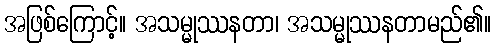
အဖြစ်ကြောင့်။ အသမ္မုဿနတာ၊ အသမ္မုဿနတာမည်၏။